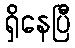
ရှိနေပြီ